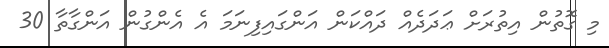
މި ގޮތުން އިތުރަށް ޢަދަދެއް ދައްކަން އަންގައިފިނަމަ އެ އެންގުން އަންގާތާ 30